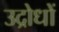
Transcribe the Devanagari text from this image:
उद्रोधों